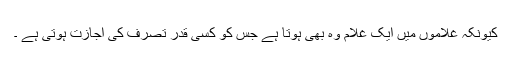
کیونکہ غلاموں میں ایک غلام وہ بھی ہوتا ہے جس کو کسی قدر تصرف کی اجازت ہوتی ہے ۔